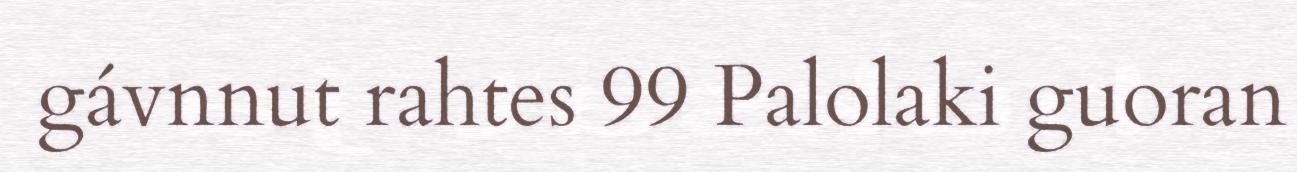
gávnnut rahtes 99 Palolaki guoran